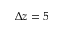
\Delta z = 5